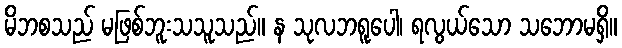
မိဘစသည် မဖြစ်ဘူးသသူသည်။ န သုလဘရူပေါ၊ ရလွယ်သော သဘောမရှိ။